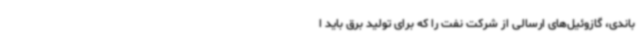
باندی، گازوئیل‌های ارسالی از شرکت نفت را که برای تولید برق باید ا